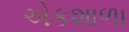
એકશાળા